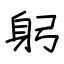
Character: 躬